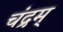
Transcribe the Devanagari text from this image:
चंद्रम्